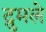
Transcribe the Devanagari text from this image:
द्रुमले